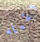
ثقيله